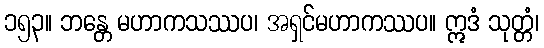
၁၅၃။ ဘန္တေ မဟာကသဿပ၊ အရှင်မဟာကဿပ။ ဣဒံ သုတ္တံ၊